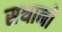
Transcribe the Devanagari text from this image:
सथानो